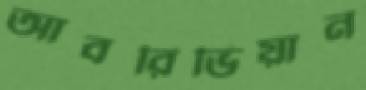
আবরিভিয়ান